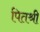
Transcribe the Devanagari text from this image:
पितश्री